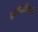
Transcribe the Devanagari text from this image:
ट्राफीजिसमे